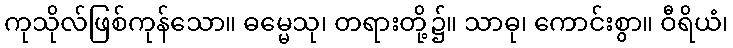
ကုသိုလ်ဖြစ်ကုန်သော။ ဓမ္မေသု၊ တရားတို့၌။ သာဓု၊ ကောင်းစွာ။ ဝီရိယံ၊